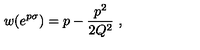
w ( e ^ { p \sigma } ) = p - { \frac { p ^ { 2 } } { 2 Q ^ { 2 } } } \ ,